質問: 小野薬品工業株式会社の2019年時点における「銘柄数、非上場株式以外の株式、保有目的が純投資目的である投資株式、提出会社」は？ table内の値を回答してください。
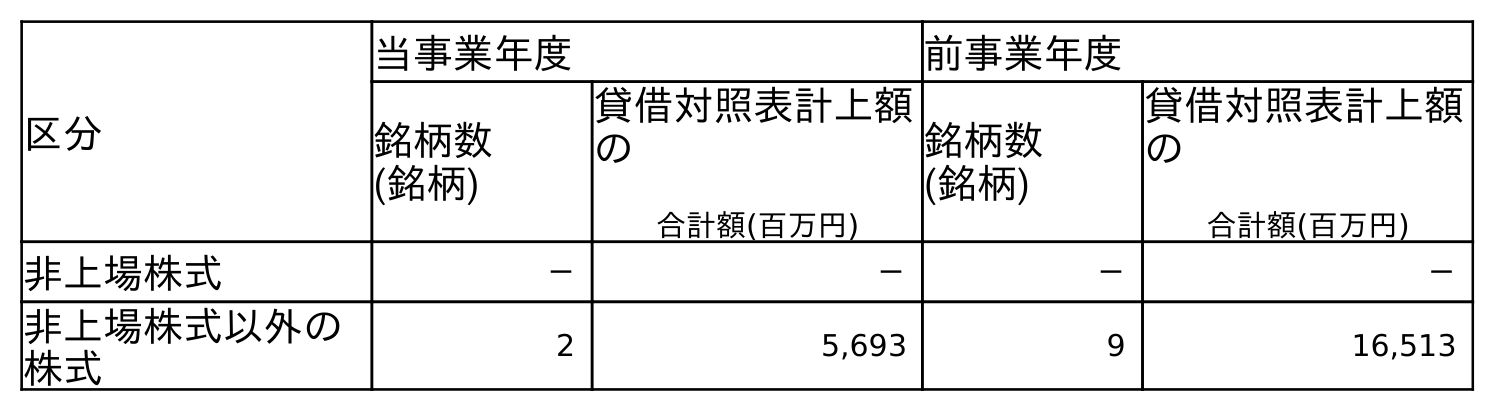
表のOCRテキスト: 区分 当事業年度 前事業年度 銘柄数 (銘柄) 貸借対照表計上額 の 合計額(百万円) 銘柄数 (銘柄) 貸借対照表計上額 の 合計額(百万円) 非上場株式 － － － － 非上場株式以外の 株式 2 5,693 9 16,513
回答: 9